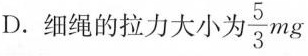
D.细绳的拉力大小为\frac{5}{3}mg